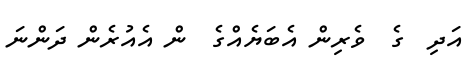
އަދި  ގެ  ވެރިން އެބަޔެއްގެ  ން އެއުރެން ދަންނަ